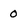
Character: 0